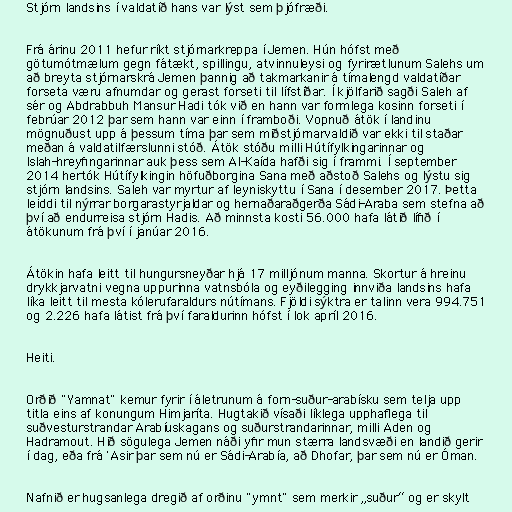
Stjórn landsins í valdatíð hans var lýst sem þjófræði.

Frá árinu 2011 hefur ríkt stjórnarkreppa í Jemen. Hún hófst með
götumótmælum gegn fátækt, spillingu, atvinnuleysi og fyrirætlunum Salehs um
að breyta stjórnarskrá Jemen þannig að takmarkanir á tímalengd valdatíðar
forseta væru afnumdar og gerast forseti til lífstíðar. Í kjölfarið sagði Saleh af
sér og Abdrabbuh Mansur Hadi tók við en hann var formlega kosinn forseti í
febrúar 2012 þar sem hann var einn í framboði. Vopnuð átök í landinu
mögnuðust upp á þessum tíma þar sem miðstjórnarvaldið var ekki til staðar
meðan á valdatilfærslunni stóð. Átök stóðu milli Hútífylkingarinnar og
Islah-hreyfingarinnar auk þess sem Al-Kaída hafði sig í frammi. Í september
2014 hertók Hútífylkingin höfuðborgina Sana með aðstoð Salehs og lýstu sig
stjórn landsins. Saleh var myrtur af leyniskyttu í Sana í desember 2017. Þetta
leiddi til nýrrar borgarastyrjaldar og hernaðaraðgerða Sádi-Araba sem stefna að
því að endurreisa stjórn Hadis. Að minnsta kosti 56.000 hafa látið lífið í
átökunum frá því í janúar 2016.

Átökin hafa leitt til hungursneyðar hjá 17 milljónum manna. Skortur á hreinu
drykkjarvatni vegna uppurinna vatnsbóla og eyðilegging innviða landsins hafa
líka leitt til mesta kólerufaraldurs nútímans. Fjöldi sýktra er talinn vera 994.751
og 2.226 hafa látist frá því faraldurinn hófst í lok apríl 2016.

Heiti.

Orðið "Yamnat" kemur fyrir í áletrunum á forn-suður-arabísku sem telja upp
titla eins af konungum Himjaríta. Hugtakið vísaði líklega upphaflega til
suðvesturstrandar Arabíuskagans og suðurstrandarinnar, milli Aden og
Hadramout. Hið sögulega Jemen náði yfir mun stærra landsvæði en landið gerir
í dag, eða frá 'Asir þar sem nú er Sádi-Arabía, að Dhofar, þar sem nú er Óman.

Nafnið er hugsanlega dregið af orðinu "ymnt" sem merkir „suður“ og er skylt